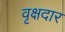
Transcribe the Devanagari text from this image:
वृक्षदार